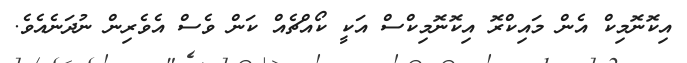
އިކޮނޮމިކް އެން މައިކްރޮ އިކޮނޮމިކްސް އަކީ ކޯއްޗެއް ކަން ވެސް އެވެރިން ނުދަނެއެވެ.